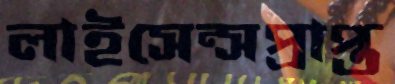
লাইসেন্সপ্রাপ্ত